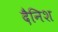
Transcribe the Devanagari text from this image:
दैनिश